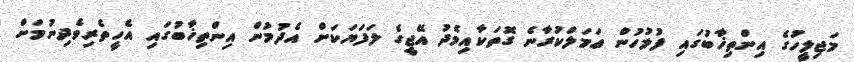
މަޖިލީހުގެ އިންތިޚާބުގައި ފުލުހުން ޢަމަލްކުރާނެ ގޮތަކާއިމެދު އޭޖީގެ ލަފަޔަކަށް އެދުމުން އިންތިޚާބުގައި އެހީތެރިވެދިނުމަށް